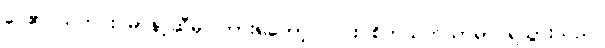
ဝေ၏ သတင်း မာနာ့ဆီမှ ကြားရတော့ လင်း စိတ်သက်သာရာ ရသွားသည်။